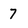
Character: 7